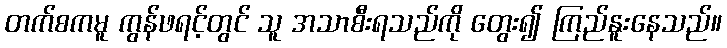
တက်စကမူ ကွန်ဖရင့်တွင် သူ အသာစီးရသည်ကို တွေး၍ ကြည်နူးနေသည်။